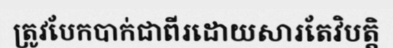
ត្រូវបែកបាក់ជាពីរដោយសារតែវិបត្តិ